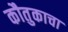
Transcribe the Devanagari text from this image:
कौतुकाचा